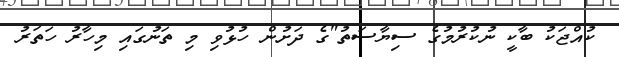
ކުއްޖަކު ބާކީ ނުކުރުމުގެ ސިޔާސަތު"ގެ ދަށުން ހުޅުވި މި ތަނުގައި މިހާރު ހަތަރު